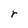
Character: r